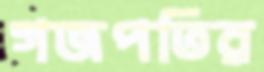
গজপতির